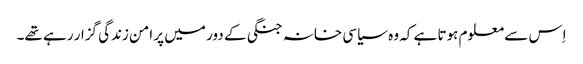
اِس سے معلوم ہوتا ہے کہ وہ سیاسی خانہ جنگی کے دور میں پر امن زندگی گزار رہے تھے۔